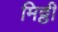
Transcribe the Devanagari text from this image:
मिठ्ठी